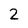
Character: 2